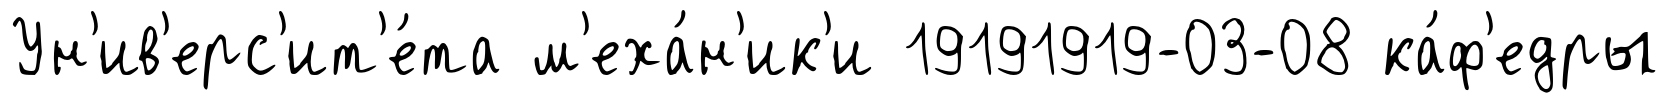
Ун'ив'ерс'ит'е́та м'еха́н'ик'и 19191919-03-08 ка́ф'едры